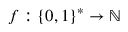
f : \{ 0 , 1 \} ^ { * } \to \mathbb { N }